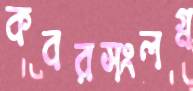
কবরসংলগ্ন